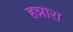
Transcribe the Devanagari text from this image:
हन्नारा